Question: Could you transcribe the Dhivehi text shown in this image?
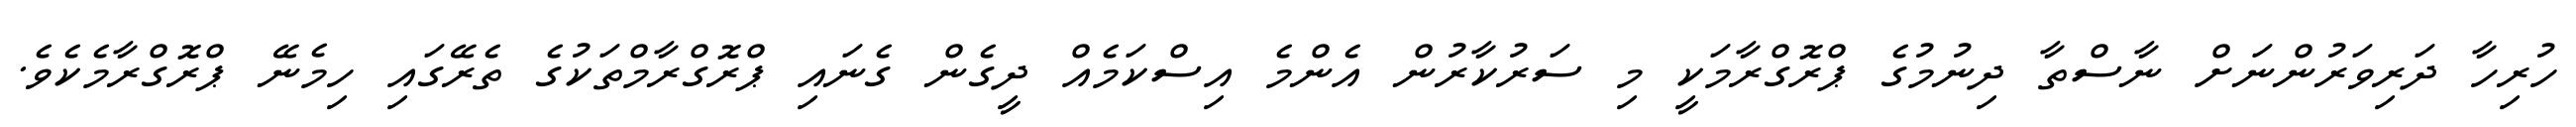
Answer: ހުރިހާ ދަރިވަރުންނަށް ނާސްތާ ދިނުމުގެ ޕްރޮގްރާމަކީ މި ސަރުކާރުން އެންމެ އިސްކަމެއް ދީގެން ގެނައި ޕްރޮގްރާމްތަކުގެ ތެރޭގައި ހިމެނޭ ޕްރޮގްރާމެކެވެ.